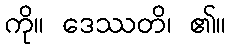
ကို။ ဒေဿတိ၊ ၏။